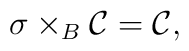
\sigma \times_{B} {\cal{C}}= {\cal{C}},